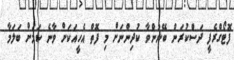
ފޮޓޯގްރެފީ ދަސްކުރަން ބޭނުންވާ ކުދިންނަށް މި ފޮތް އެހީއަކަށް ވާނެ ކަމަށް ބަލަމާ